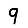
Digit: 9